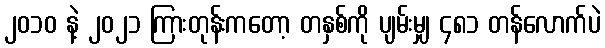
၂၀၁၀ နဲ့ ၂၀၂၁ ကြားတုန်းကတော့ တနှစ်ကို ပျမ်းမျှ ၄၈၁ တန်လောက်ပဲ